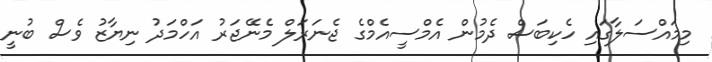
މިމައްސަލާގައި ހެކިބަސް ދެމުން އެމްސީއެމްގެ ޖެނަރަލް މެނޭޖަރު އަހްމަދު ނިޔާޒު ވެސް ބުނީ